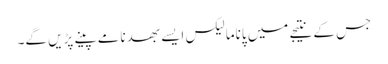
جس کے نتیجے میں پاناما لیکس ایسے بھدنامے پینے پڑیں گے۔